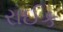
રાઈક